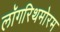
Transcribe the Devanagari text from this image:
लॉगरिथमोरम